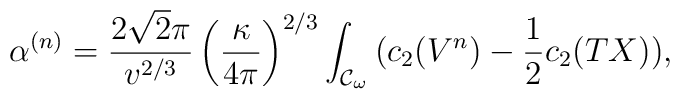
\alpha^{(n)}=\frac{2\sqrt{2}\pi}{v^{2/3}}\left(\frac{\kappa}{4\pi}\right)^{2/3}\int_{{\cal{C}}_{\omega}}{(c_{2}(V^{n})-\frac{1}{2}c_{2}(TX))},